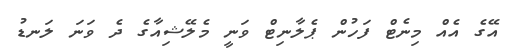
އޭގެ އެއް މިނެޓް ފަހުން ޕެލާނިޓް ވަނީ މެލޭޝިއާގެ ދެ ވަނަ ލަނޑު